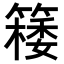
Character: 𥴟